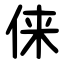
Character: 俫